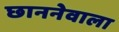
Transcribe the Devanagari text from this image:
छाननेवाला